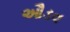
ઔડવ